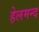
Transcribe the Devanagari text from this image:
हेलमन्द